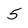
Character: 5